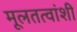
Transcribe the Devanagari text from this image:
मूलतत्वांशी